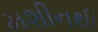
મશીનથી